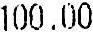
100.00